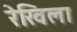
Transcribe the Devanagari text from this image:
रेखिला